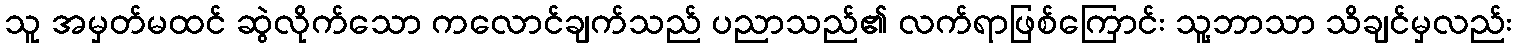
သူ အမှတ်မထင် ဆွဲလိုက်သော ကလောင်ချက်သည် ပညာသည်၏ လက်ရာဖြစ်ကြောင်း သူ့ဘာသာ သိချင်မှလည်း